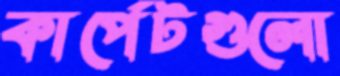
কার্পেটগুলো